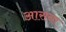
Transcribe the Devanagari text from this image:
आसना